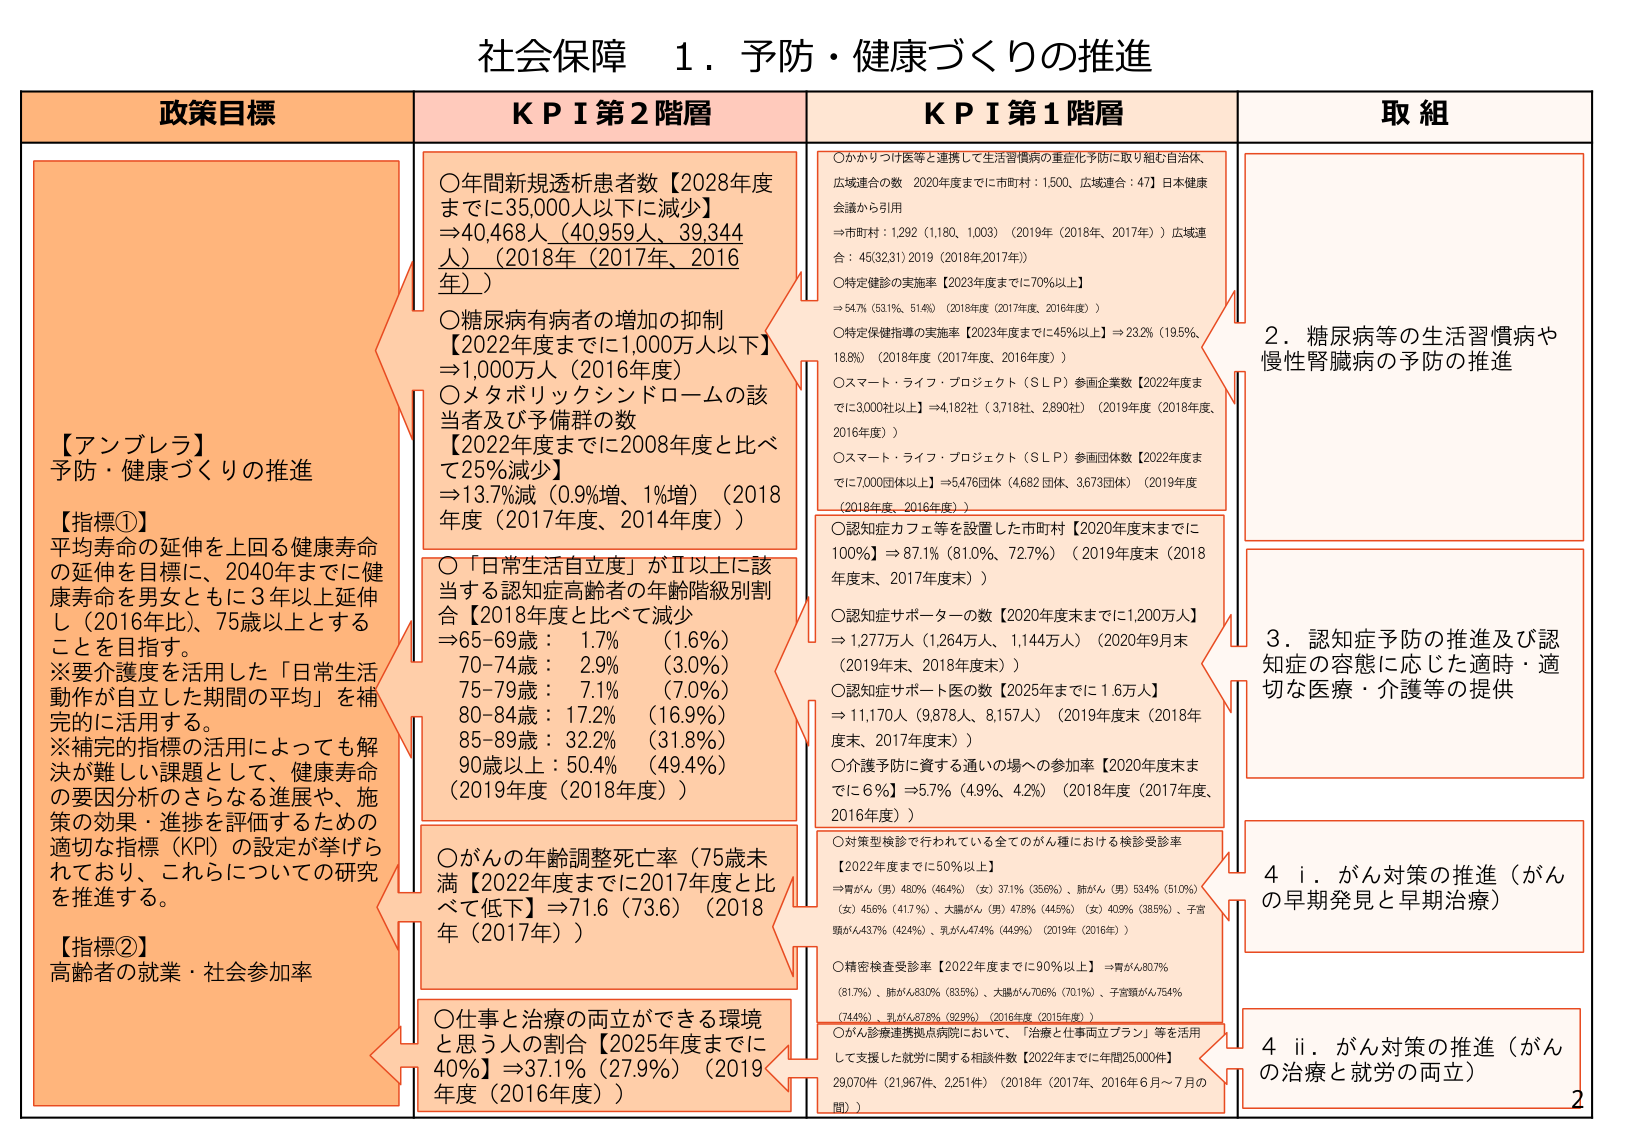
社会保障 1．予防・健康づくりの推進

政策目標

【アンブレラ】
予防・健康づくりの推進

【指標①】
平均寿命の延伸を上回る健康寿命
の延伸を目標に、2040年までに健
康寿命を男女ともに3年以上延伸
し（2016年比）、75歳以上とする
ことを目指す。
※要介護度を活用した「日常生活
動作が自立した期間の平均」を補
完的に活用する。
※補完的指標の活用によっても解
決が難しい課題として、健康寿命
の要因分析のさらなる進展や、施
策の効果・進捗を評価するための
適切な指標（KPI）の設定が挙げら
れており、これらについての研究
を推進する。

【指標②】
高齢者の就業・社会参加率

KPI 第2階層

○年間新規透析患者数【2028年度
までに35,000人以下に減少】
⇒40,468人（40,959人、39,344
人）（2018年（2017年、2016
年））

○糖尿病有病者の増加の抑制
【2022年度までに1,000万人以下】
⇒1,000万人（2016年度）

○メタボリックシンドロームの該
当者及び予備群の数
【2022年度までに2008年度と比べ
て25%減少】
⇒13.7%減（0.9%増、1%増）（2018
年度（2017年度、2014年度））

○「日常生活自立度」がⅡ以上に該
当する認知症高齢者の年齢階級別割
合【2018年度と比べて減少】
⇒65-69歳：1.7% （1.6%）
70-74歳：2.9% （3.0%）
75-79歳：7.1% （7.0%）
80-84歳：17.2% （16.9%）
85-89歳：32.2% （31.8%）
90歳以上：50.4% （49.4%）
（2019年度（2018年度））

○がんの年齢調整死亡率（75歳未
満【2022年度までに2017年度と比
べて低下】⇒7.16（7.36）（2018
年（2017年））

○仕事と治療の両立ができる環境
と思う人の割合【2025年度までに
40%】⇒37.1%（27.9%）（2019
年度（2016年度））

KPI 第1階層

○かかりつけ医等と連携して生活習慣病の重症化予防に取り組む自治体、
広域連合の数 2020年度までに市町村：1,500、広域連合：47】日本健康
会議から引用
⇒市町村：1,292（1,180、1,003）（2019年（2018年、2017年））広域連
合：45(32,31)2019（2018年2017年））

○特定健診の実施率【2023年度までに70%以上】
⇒54.7%（53.1%、51.4%）（2018年度（2017年度、2016年度））

○特定保健指導の実施率【2023年度までに45%以上】⇒23.2%（19.5%、
18.8%）（2018年度（2017年度、2016年度））

○スマート・ライフ・プロジェクト（ＳＬＰ）参画企業数【2022年度ま
でに3,000社以上】⇒4,182社（3,718社、2,890社）（2019年度（2018年度、
2016年度））

○スマート・ライフ・プロジェクト（ＳＬＰ）参画団体数【2022年度ま
でに7,000団体以上】⇒5,476団体（4,682 団体、3,673団体）（2019年度
（2018年度、2016年度））

○認知症カフェ等を設置した市町村【2020年度末までに
100%】⇒87.1%（81.0%、72.7%）（2019年度末（2018
年度末、2017年度末））

○認知症サポーターの数【2020年度末までに1,200万人】
⇒1,277万人（1,264万人、1,144万人）（2020年9月末
（2019年末、2018年度末））

○認知症サポート医の数【2025年までに1.6万人】
⇒11,170人（9,878人、8,157人）（2019年度末（2018年
度末、2017年度末））

○介護予防に資する通いの場への参加率【2020年度末ま
でに6%】⇒5.7%（4.9%、4.2%）（2018年度（2017年度、
2016年度））

○対策型検診で行われている全てのがん種における検診受診率
【2022年度までに50%以上】
⇒胃がん（男）48.0%（46.4%）（女）37.1%（35.6%）、肺がん（男）53.4%（51.0%）
（女）45.6%（41.7%）、大腸がん（男）47.8%（44.5%）（女）40.9%（38.5%）、子宮
頸がん43.7%（42.4%）、乳がん47.4%（44.9%）（2019年（2016年））

○精密検査受診率【2022年度までに90%以上】⇒胃がん80.7%
（81.7%）、肺がん83.0%（83.5%）、大腸がん70.6%（70.1%）、子宮頸がん75.4%
（74.4%）、乳がん87.8%（92.9%）（2016年度（2015年度））

○がん診療連携拠点病院において、「治療と仕事両立プラン」等を活用
して支援した就労に関する相談件数【2022年までに年間25,000件】
29,070件（21,967件、2,251件）（2018年（2017年、2016年6月～7月の
間））

取組

2．糖尿病等の生活習慣病や
慢性腎臓病の予防の推進

3．認知症予防の推進及び認
知症の容態に応じた適時・適
切な医療・介護等の提供

4 i．がん対策の推進（がん
の早期発見と早期治療）

4 ii．がん対策の推進（がん
の治療と就労の両立）

2